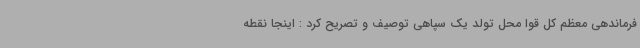
فرماندهی معظم کل قوا محل تولد یک سپاهی توصیف و تصریح کرد : اینجا نقطه